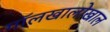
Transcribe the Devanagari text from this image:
गॉलखालोखाल